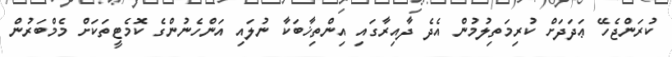
ކުރަންޖެހޭ ޢަދަދަށް ކުރިމަތިލުމުން އެދެ ދާއިރާގައި އިންތިޚާބަކާ ނުލައި އަންހެނުންގެ ކޮމެޓީތަކަށް މެމްބަރުން